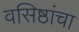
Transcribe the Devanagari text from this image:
वसिष्ठांचा